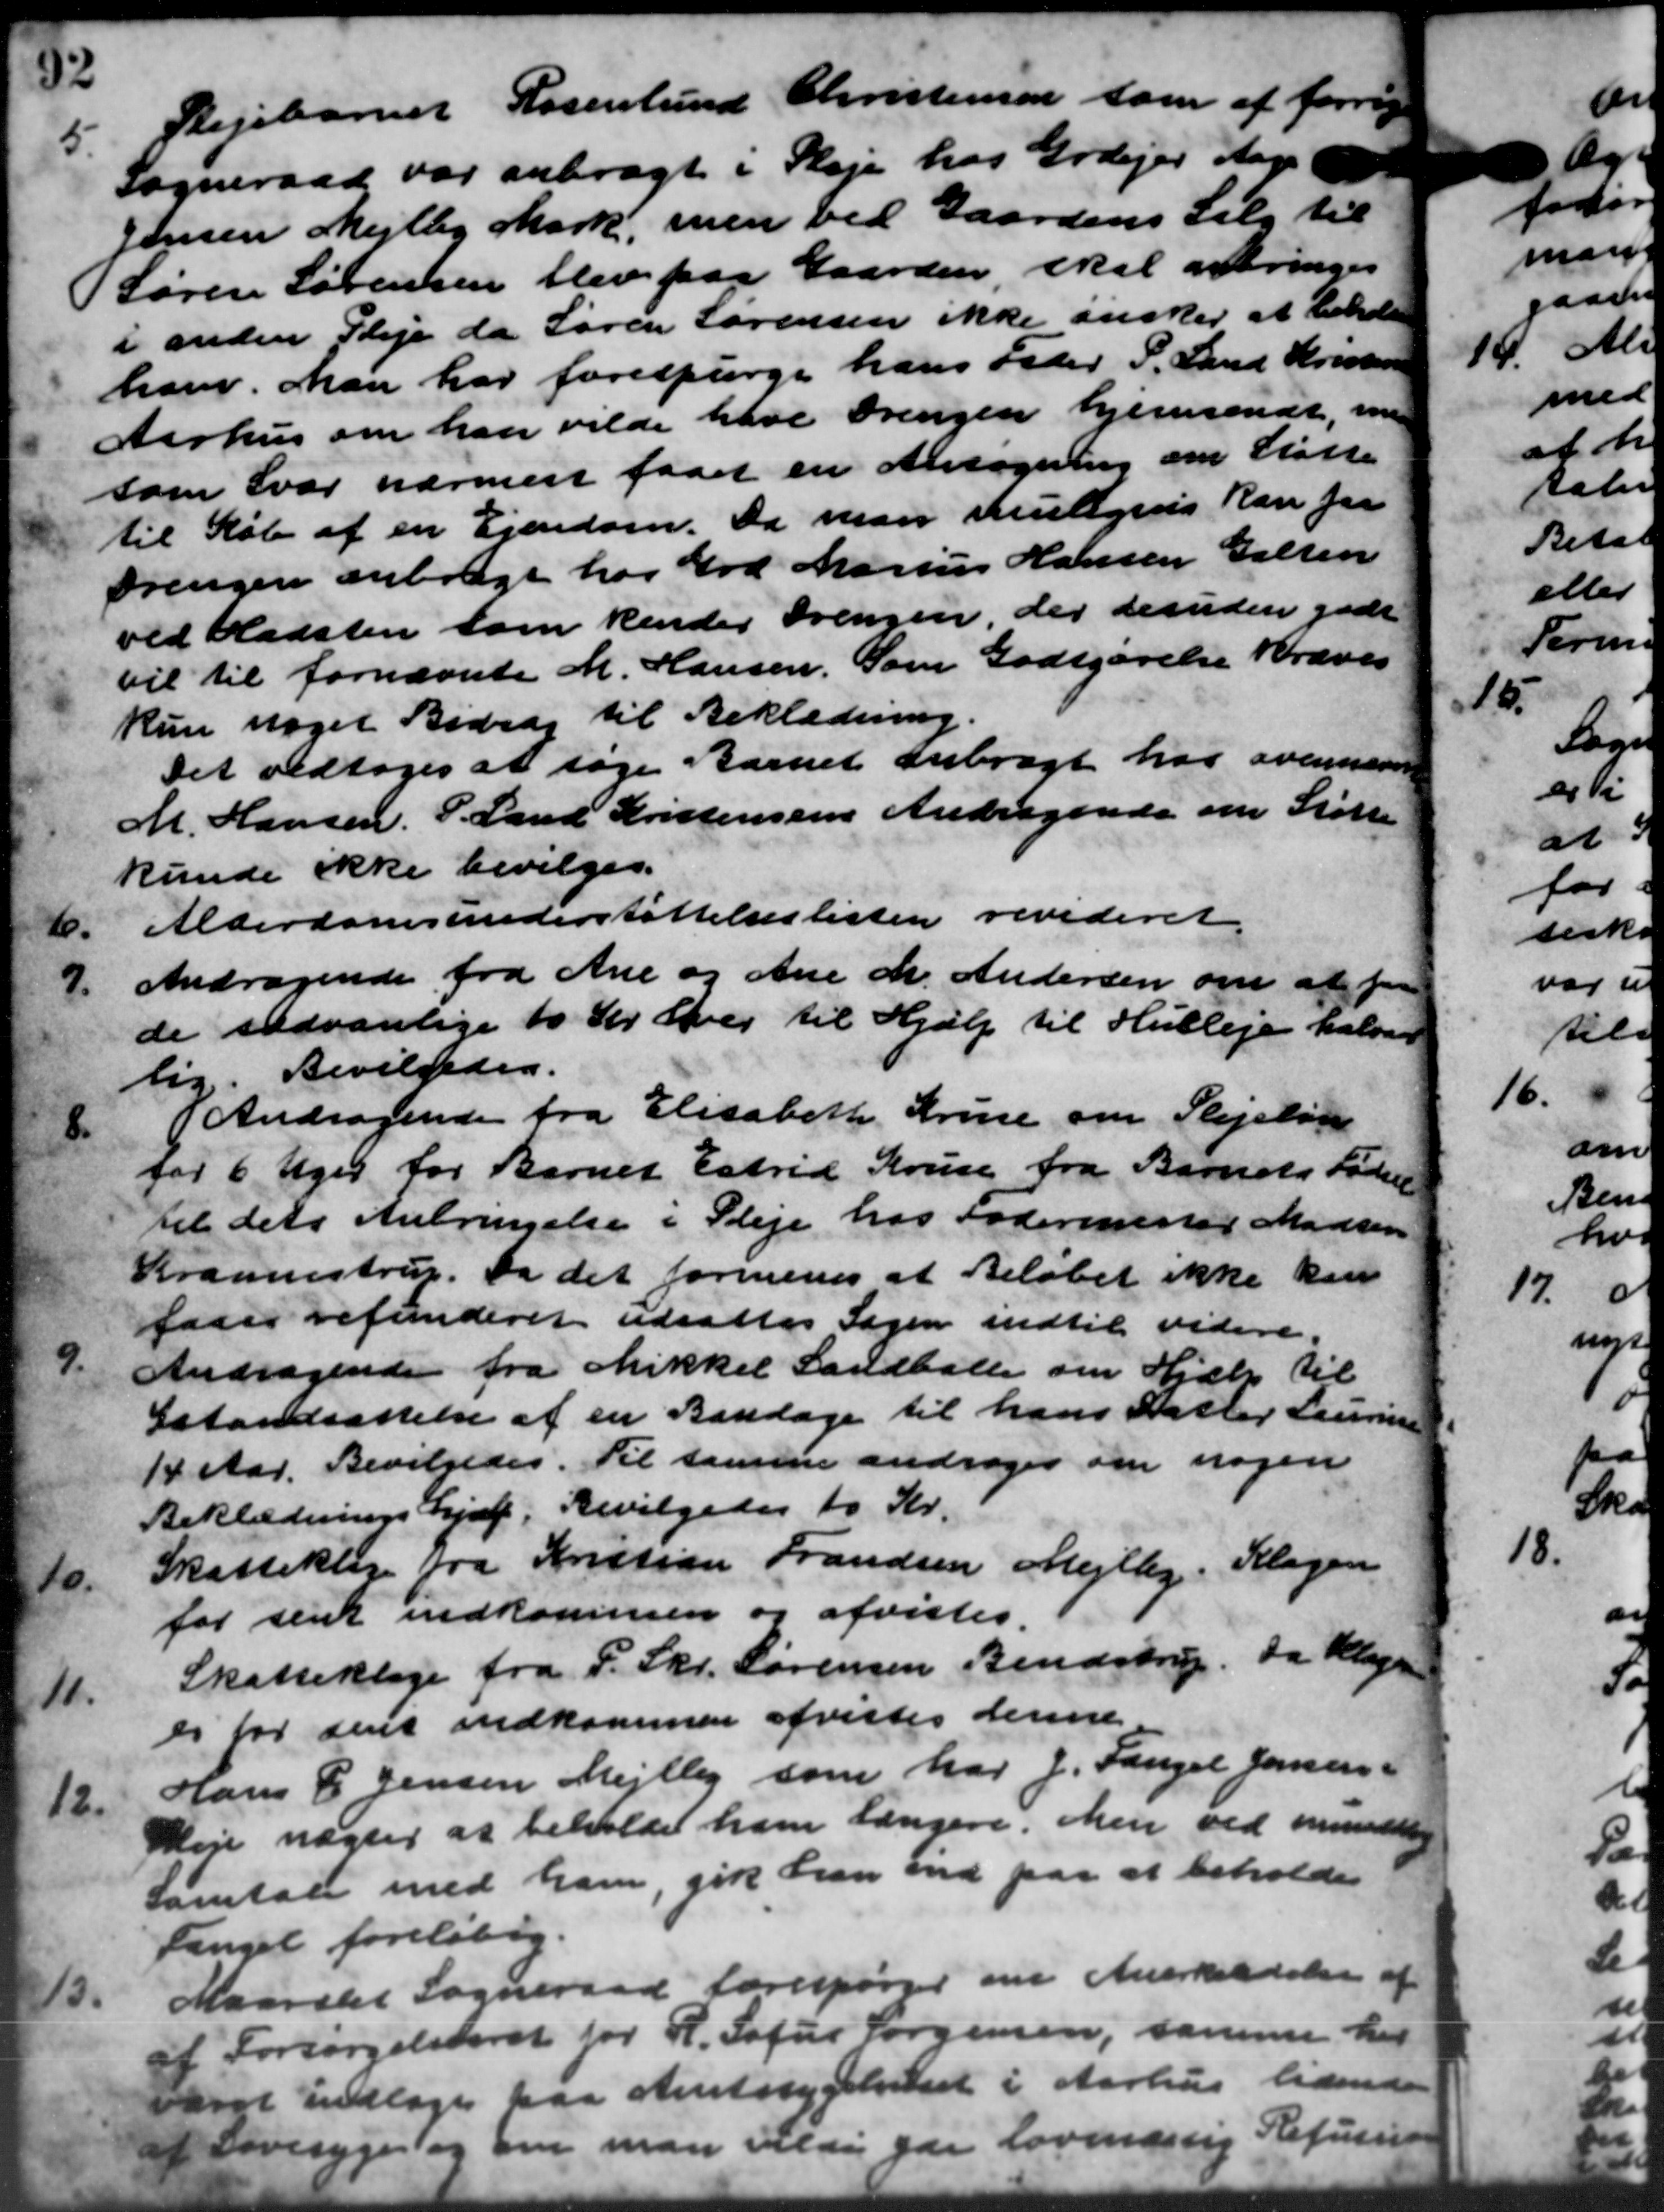
Transskription:
5.
Plejebarnet Rosenlund Christensen som af
Sogneraad var anbragt i Pleje hos Grdejer Aage
Jensen Mejlby Mark, men ved Gaardens Salg til
Søren Sørensen blev paa Gaarden, skal anbringes
i anden Pleje da Søren Sørensen ikke ønsker et Erholde
han. Man har forespørge hans Peder P. Land Kristens
Aarhus om han vilde have drengen hjemsendt, me
som Svar nærmere faaet en Antagning om Støtte
til Køb af en Ejendom. Da man muligers kan for
Drengen anbragt hos Grd Marius Hansen Galten
ved Radsten som kender drengen, der desuden gade
vil til fornævnte M. Hansen. Som Godtgørelse kræves
kun noget Bidrag til Beklædning.
Det vedtoges at søge Barnet anbragt har ovennævnte
M. Hansen, P. Land Kristensens Andragende om Støtte
kunde ikke bevilges.
10.
Alderdomsunderstøttelseslisten revideret.
7.
Andragende fra Ane og Ane M. Andersen om at faa
de sædvanlige 10 Kr. Vej til Hjælp til Husleje halvar
lig. Bevilgedes.

Andragende fra Elisabeth Trine om Plejeløn
for 6 Uger for Barnet Estrid Kruse fra Barnets Fødse
til dets Anbringelse i Pleje hos Fodermester Madsen
Krannestrup. Da det formenes at Beløbet ikke kan
faaes refunderet udsattes Sagen indtil videre.
9.
Andragende fra Mikkel Landballe om Hjælp til
Istandsættelse af en Bandage til hans Datter Lauring
14 Aar. Bevilgedes. Til samme andrager om nogen
Beklædningshjælp, Bevilgedes 10 Kr.
10.
Skatteklage fra Kristian Frandsen Mejlby. Klagen
for sent indkommen og afvistes.
11.
Skatteklage fra P. Skr. Sørensen Bendstrup, da Klager
er for sent indkommen afvistes denne
12.
Hans P Jensen Mejlby som har J. Fangel Jensen
Veje nægter at beholdet ham længere. Men ved anmeddelig
Samtale med ham, gik han end paa at beholde
Fenget foreløbig.
13.
Maarslet Sogneraad forespørger om Anerkildelse af
af Forsørgelsesret for R. Sofus Jørgensen, samme her
orat indlages paa Amtssygehuset i Aarhus tidende
af Dovesyge og om man vilde yde lovmæssig Refusion